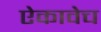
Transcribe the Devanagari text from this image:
ऐकावेच